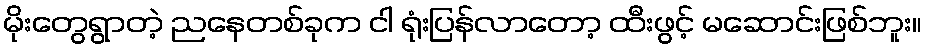
မိုးတွေရွာတဲ့ ညနေတစ်ခုက ငါ ရုံးပြန်လာတော့ ထီးဖွင့် မဆောင်းဖြစ်ဘူး။